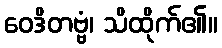
ဝေဒိတဗ္ဗံ၊ သိထိုက်၏။